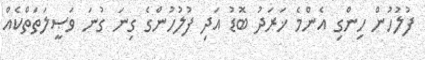
ފުލުހުން ހިންގި އެންމެ ޚަރަދު ބޮޑު އަދި ފުލުހުންގެ ގިނަ ގުނަ ވަޞީލަތަތްކެއް